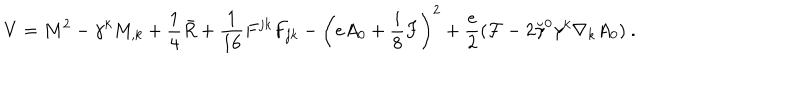
V = M ^ { 2 } - \gamma ^ { k } M _ { , k } + \frac 1 4 \bar { R } + { \frac { 1 } { 1 6 } } F ^ { j k } F _ { j k } - \left( e A _ { 0 } + \frac i 8 F \right) ^ { 2 } + { \frac { e } { 2 } } ( { \cal F } - 2 \breve { \gamma } ^ { 0 } \gamma ^ { k } \nabla _ { k } A _ { 0 } ) ~ .